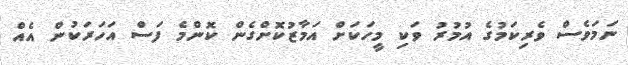
ނަމަވެސް ވެރިކަމުގެ އުމުރު ވަކި މީހަކަށް އަމާޒުކޮށްގެން ކޮންމެ ފަސް އަހަރަކުން އެއް